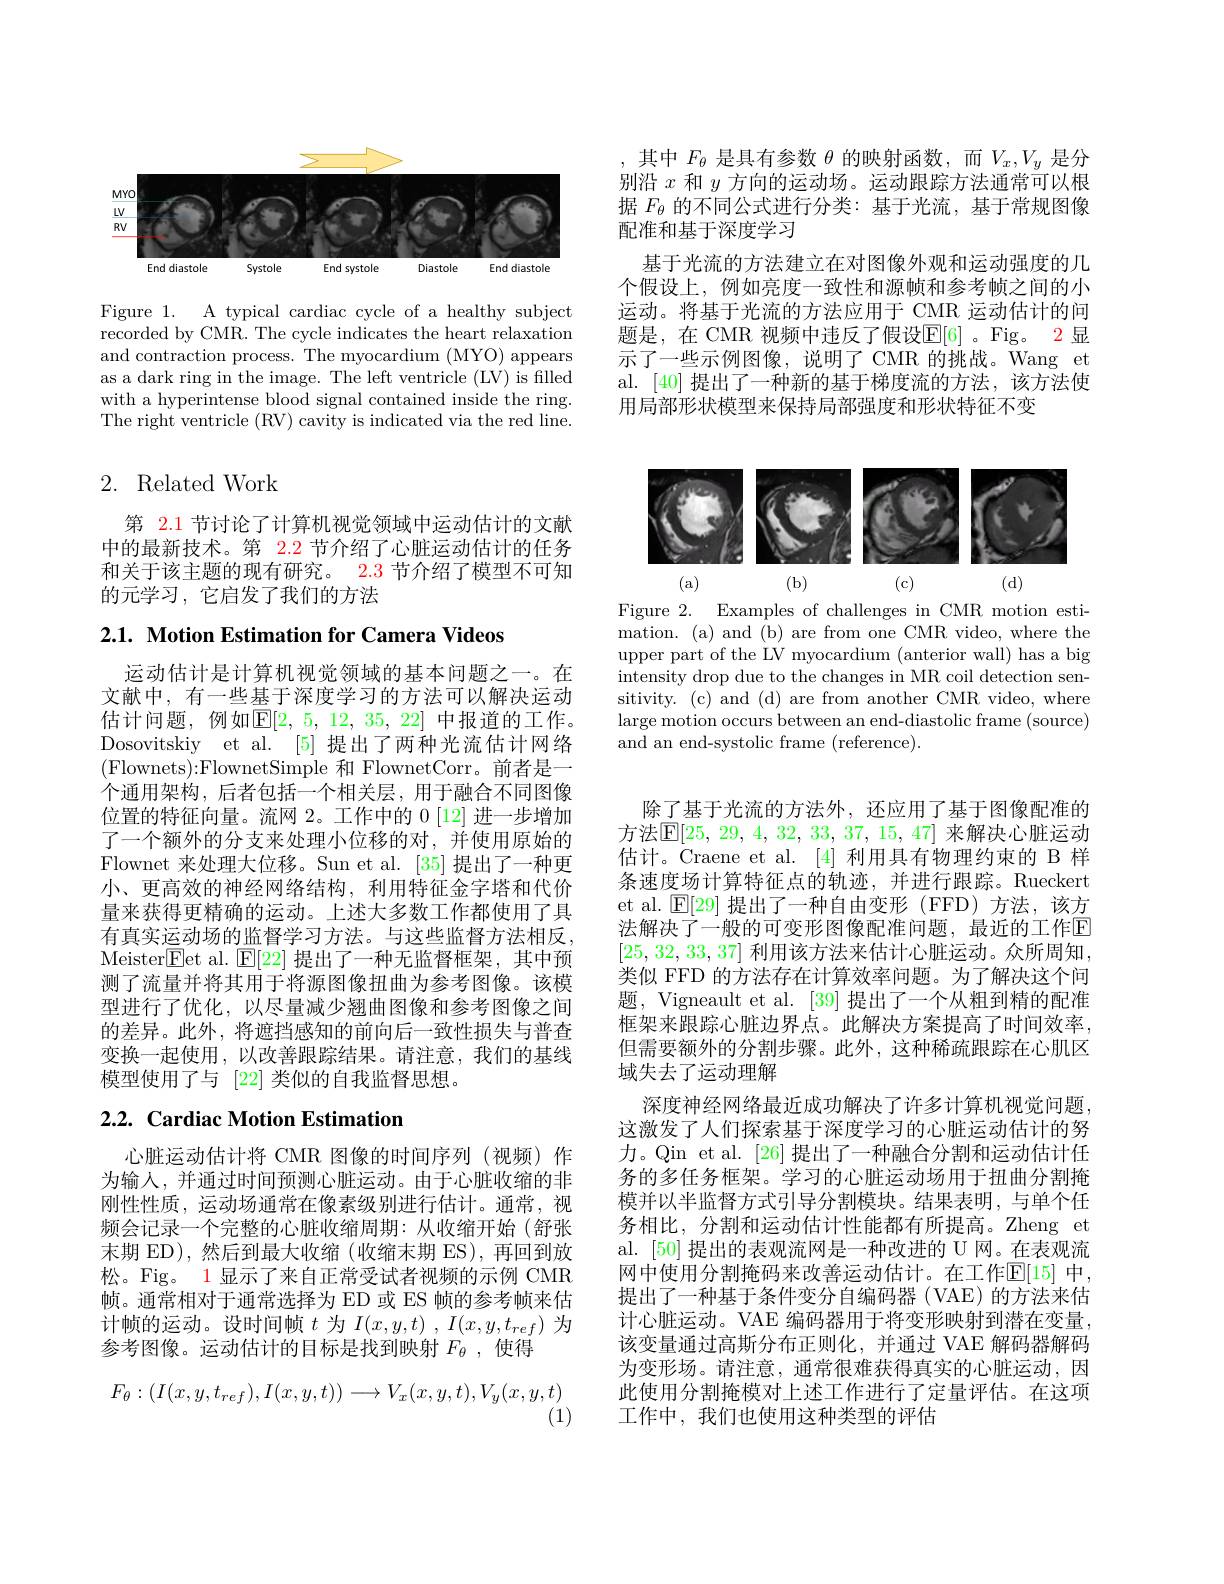
<FigureHere>

Figure 1. A typical cardiac cycle of a healthy subject recorded by CMR. The cycle indicates the heart relaxation and contraction process. The myocardium (MYO) appears as a dark ring in the image. The left ventricle (LV) is filled with a hyperintense blood signal contained inside the ring. The right ventricle (RV) cavity is indicated via the red line.

# 2. Related Work

第 2.1 节讨论了计算机视觉领域中运动估计的文献中的最新技术。第 2.2 节介绍了心脏运动估计的任务和关于该主题的现有研究。2.3 节介绍了模型不可知的元学习，它启发了我们的方法

$2. 1. \textbf{ Motion Estimation for Camera Videos}$

运动估计是计算机视觉领域的基本问题之一。在文献中，有一些基于深度学习的方法可以解决运动估计问题，例如$\mathbb{E}[2,5,12,35,22]$ 中报道的工作。Dosovitskiy et al. [5] 提出了两种光流估计网络(Flownets){:}FlownetSimple 和 FlownetCorr。前者是一个通用架构，后者包括一个相关层，用于融合不同图像位置的特征向量。流网 2。工作中的 0 [12] 进一步增加了一个额外的分支来处理小位移的对，并使用原始的Flownet 来处理大位移。Sun et al. [35] 提出了一种更小、更高效的神经网络结构，利用特征金字塔和代价量来获得更精确的运动。上述大多数工作都使用了具有真实运动场的监督学习方法。与这些监督方法相反， Meister$\boxed{\mathrm{Fet~al. ~}}\mathbb{E} [ 22]$提出了一种无监督框架，其中预测了流量并将其用于将源图像扭曲为参考图像。该模型进行了优化，以尽量减少翘曲图像和参考图像之间的差异。此外，将遮挡感知的前向后一致性损失与普查变换一起使用，以改善跟踪结果。请注意，我们的基线模型使用了与 [22]类似的自我监督思想。

## 2.2. Cardiac Motion Estimation

心脏运动估计将 CMR 图像的时间序列 (视频) 作为输人，并通过时间预测心脏运动。由于心脏收缩的非刚性性质，运动场通常在像素级别进行估计。通常，视频会记录一个完整的心脏收缩周期：从收缩开始(舒张末期 ED),然后到最大收缩(收缩末期 ES),再回到放松。Fig。1 显示了来自正常受试者视频的示例 CMR 帧。通常相对于通常选择为 ED 或 ES 帧的参考帧来估计帧的运动。设时间帧$t$为$I( x, y, t)$ , $I( x, y, t_{ref})$为参考图像。运动估计的目标是找到映射$F_{\theta}$ ,使得
$$F_{\theta}:(I(x,y,t_{ref}),I(x,y,t))\longrightarrow V_{x}(x,y,t),V_{y}(x,y,t)$$
(1)

,其中$F_\theta$是具有参数$\theta$的映射函数，而$V_x,V_y$是分别沿$x$和$y$方向的运动场。运动跟踪方法通常可以根据$F_{\theta}$的不同公式进行分类：基于光流，基于常规图像配准和基于深度学习
基于光流的方法建立在对图像外观和运动强度的几个假设上，例如亮度一致性和源帧和参考帧之间的小运动。将基于光流的方法应用于 CMR 运动估计的问题是，在 CMR 视频中违反了假设$\mathbb{E}[6]$ 。Fig。2显示了一些示例图像，说明了 CMR 的挑战。Wang et al. [40]提出了一种新的基于梯度流的方法，该方法使用局部形状模型来保持局部强度和形状特征不变

<FigureHere>

Figure 2. Examples of challenges in CMR motion estimation. (a) and (b) are from one CMR video, where the upper part of the LV myocardium (anterior wall) has a big intensity drop due to the changes in MR coil detection sensitivity. (c) and (d) are from another CMR video, where large motion occurs between an end-diastolic frame (source) and an end-systolic frame (reference).

除了基于光流的方法外，还应用了基于图像配准的方法$\mathbb{E}[25$, 29, 4, 32, 33, 37, 15, 47] 来解决心脏运动估计。Craene et al. [4] 利用具有物理约束的 B 样条速度场计算特征点的轨迹，并进行跟踪。Rueckert et al. $\mathbb{E}[29]$提出了一种自由变形(FFD)方法，该方法解决了一般的可变形图像配准问题，最近的工作$\boxed{\mathrm{F}}$ [25,32,33,37]利用该方法来估计心脏运动。众所周知， 类似 FFD 的方法存在计算效率问题。为了解决这个问题，Vigneault et al. [39] 提出了一个从粗到精的配准框架来跟踪心脏边界点。此解决方案提高了时间效率， 但需要额外的分割步骤。此外，这种稀疏跟踪在心肌区域失去了运动理解
深度神经网络最近成功解决了许多计算机视觉问题， 这激发了人们探索基于深度学习的心脏运动估计的努力。Qin et al. [26] 提出了一种融合分割和运动估计任务的多任务框架。学习的心脏运动场用于扭曲分割掩模并以半监督方式引导分割模块。结果表明，与单个任务相比，分割和运动估计性能都有所提高。Zheng et al. [50] 提出的表观流网是一种改进的 U 网。在表观流网中使用分割掩码来改善运动估计。在工作$\mathbb{E}[15]$ 中， 提出了一种基于条件变分自编码器(VAE)的方法来估计心脏运动。VAE 编码器用于将变形映射到潜在变量， 该变量通过高斯分布正则化，并通过 VAE 解码器解码为变形场。请注意，通常很难获得真实的心脏运动，因此使用分割掩模对上述工作进行了定量评估。在这项工作中，我们也使用这种类型的评估